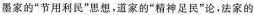
墨家的“节用利民”思想，道家的“精神足民”论，法家的